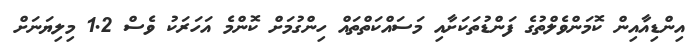
އިންޑިއާއިން ކޮމަންވެލްތުގެ ފަންޑުތަކަށާއި މަސައްކަތްތައް ހިންގުމަށް ކޮންމެ އަހަރަކު ވެސް 1.2 މިލިޔަނަށް